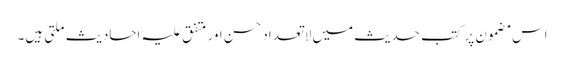
اس مضمون پر کتب حدیث میں لاتعداد حسن اور متفق علیہ احادیث ملتی ہیں۔